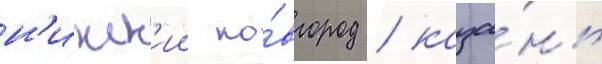
н'ижн'ии но́вгород / каза́нь